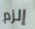
إلزم